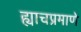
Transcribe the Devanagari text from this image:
ह्याचप्रमाणे